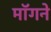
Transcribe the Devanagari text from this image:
माॅगने